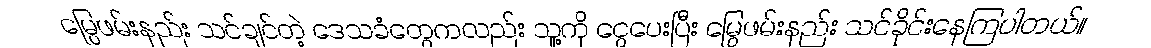
မြွေဖမ်းနည်း သင်ချင်တဲ့ ဒေသခံတွေကလည်း သူ့ကို ငွေပေးပြီး မြွေဖမ်းနည်း သင်ခိုင်းနေကြပါတယ်။